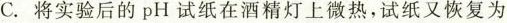
C.将实验后的pH试纸在酒精灯上微热，试纸又恢复为